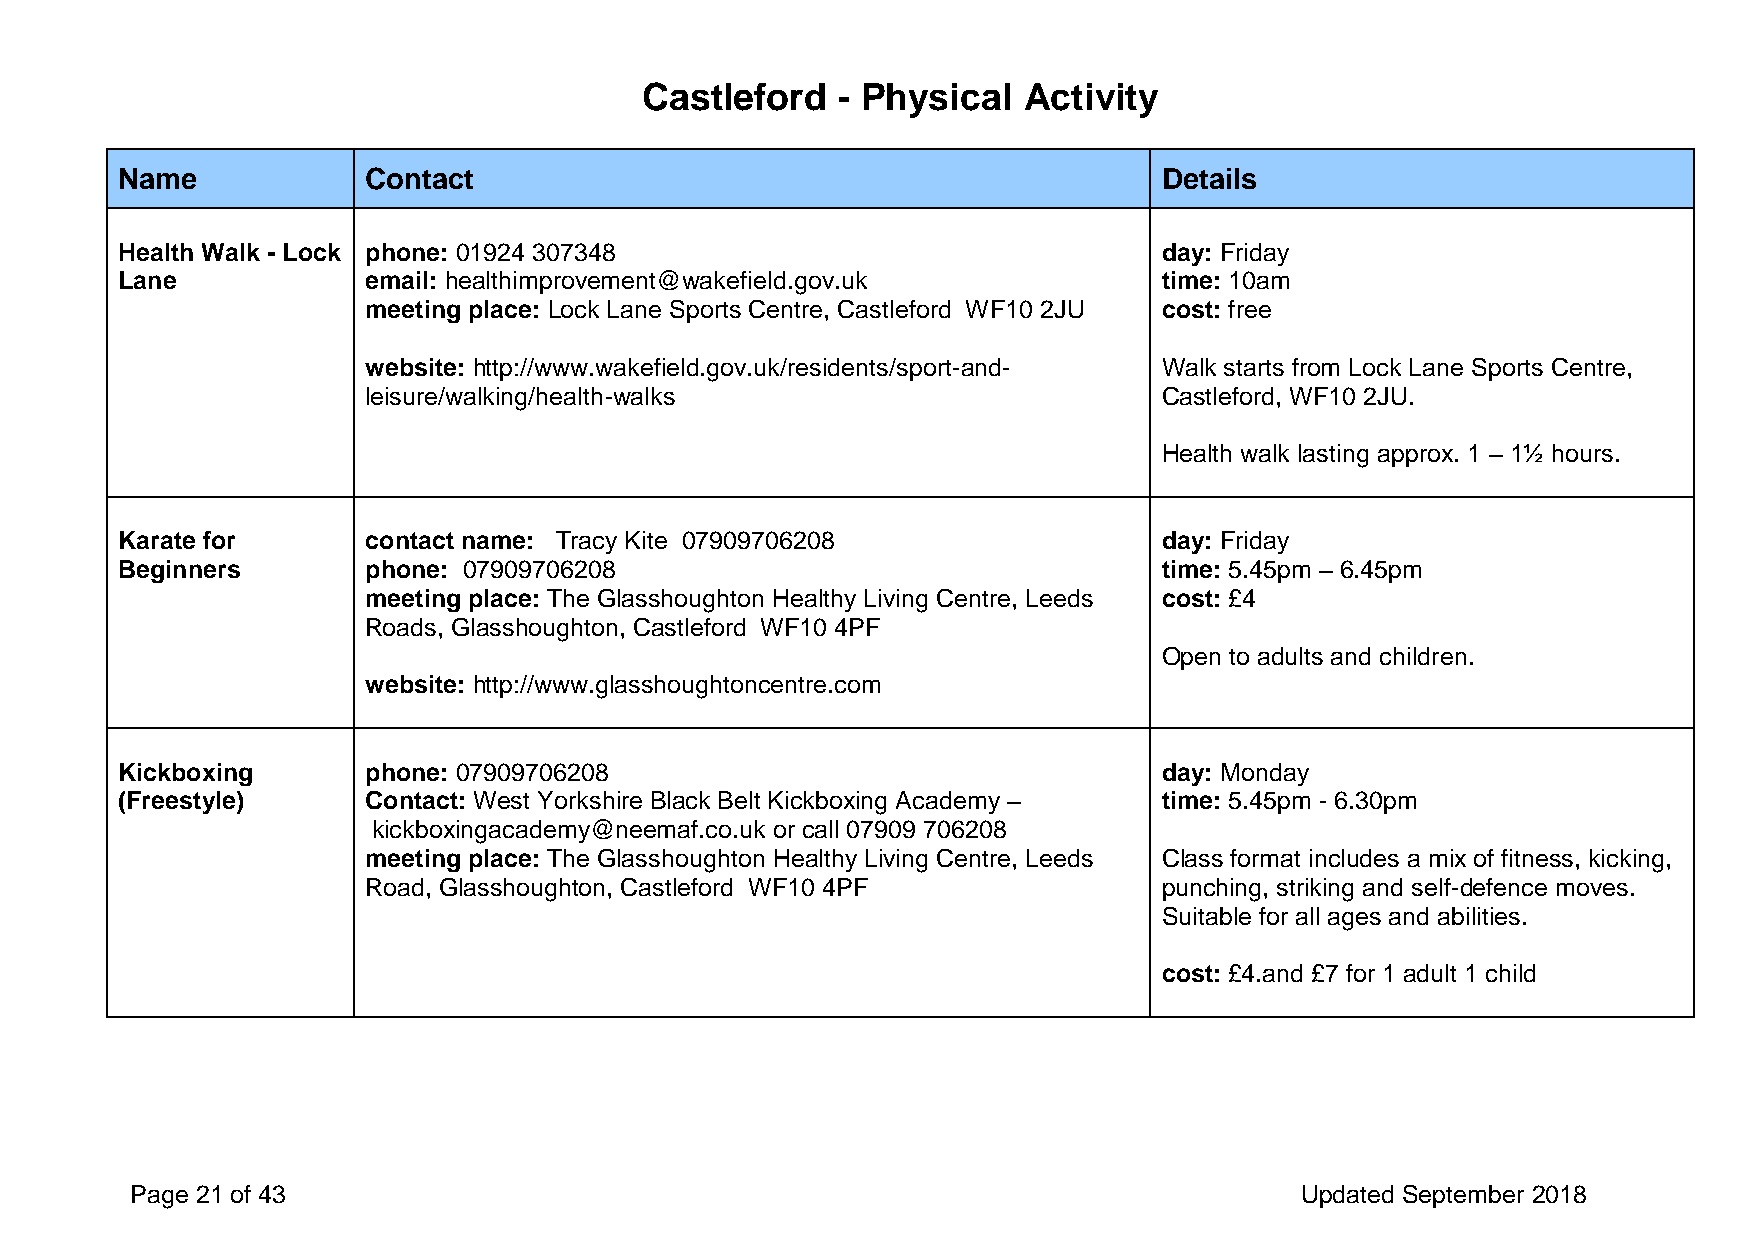
Castleford   - Physical   Activity
 Name            Contact                                              Details
 Health Walk - Lock phone: 01924 307348                               day: Friday
 Lane            email: healthimprovement@wakefield.gov.uk            time: 10am
 meeting place: Lock Lane Sports Centre, Castleford WF10 2JU cost: free
 website: http://www.wakefield.gov.uk/residents/sport-and- Walk starts from Lock Lane Sports Centre,
 leisure/walking/health-walks                         Castleford, WF10 2JU.
 Health walk lasting approx. 1 – 1½ hours.
 Karate for      contact name: Tracy Kite 07909706208                 day: Friday
 Beginners       phone: 07909706208                                   time: 5.45pm – 6.45pm
 meeting place: The Glasshoughton Healthy Living Centre, Leeds cost: £4
 Roads, Glasshoughton, Castleford WF10 4PF
 Open to adults and children.
 website: http://www.glasshoughtoncentre.com
 Kickboxing      phone: 07909706208                                   day: Monday
 (Freestyle)     Contact: West Yorkshire Black Belt Kickboxing Academy – time: 5.45pm - 6.30pm
 kickboxingacademy@neemaf.co.uk or call 07909 706208
 meeting place: The Glasshoughton Healthy Living Centre, Leeds Class format includes a mix of fitness, kicking,
 Road, Glasshoughton, Castleford WF10 4PF             punching, striking and self-defence moves.
 Suitable for all ages and abilities.
 cost: £4.and £7 for 1 adult 1 child
 Page 21 of 43                                                                Updated September 2018